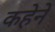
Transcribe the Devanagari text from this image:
कहेने